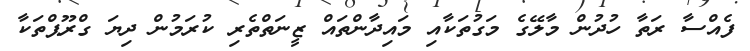
ފެއްސާ ރަތާ ހުދުން މާލޭގެ މަގުތަކާއި މައިދާންތައް ޒީނަތްތެރި ކުރަމުން ދިޔަ ގްރޫޕްތަކާ